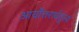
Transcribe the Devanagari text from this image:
आर्योत्तरार्धतुल्यं